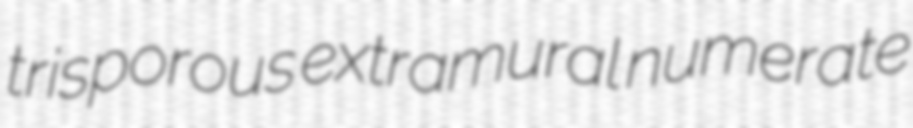
trisporous extramural numerate